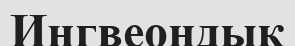
Ингвеондық